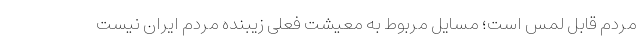
مردم قابل لمس است؛ مسایل مربوط به معیشت فعلى زیبنده مردم ایران نیست